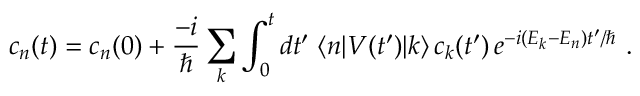
c _ { n } ( t ) = c _ { n } ( 0 ) + { \frac { - i } { \hbar } } \sum _ { k } \int _ { 0 } ^ { t } d t ^ { \prime } \; \langle n | V ( t ^ { \prime } ) | k \rangle \, c _ { k } ( t ^ { \prime } ) \, e ^ { - i ( E _ { k } - E _ { n } ) t ^ { \prime } / \hbar } ~ .